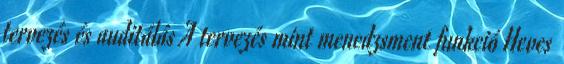
tervezés és auditálás A tervezés mint menedzsment funkció Heves